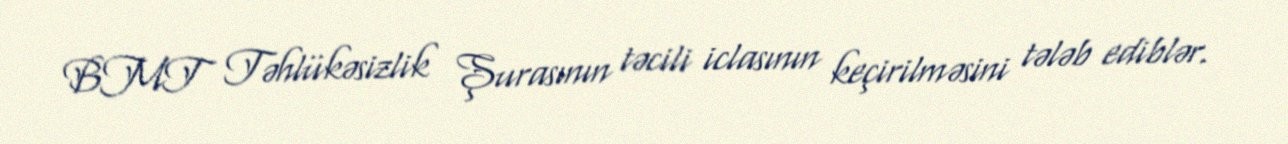
BMT Təhlükəsizlik Şurasının təcili iclasının keçirilməsini tələb ediblər.